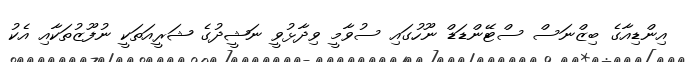
އިންޑިއާގެ ބިޒްނަސް ސްޓޭންޑަޑް ނޫހުގައި ސުވާމީ ވިދާޅުވީ ނަޝީދުގެ ޝަރީއަތަކީ ނުފޫޒުތަކާއި އެކު